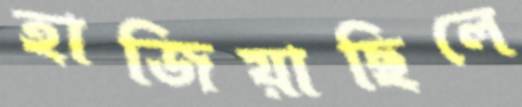
হাজিয়াছিলে